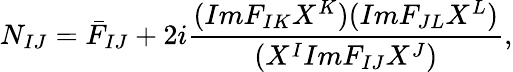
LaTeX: N_{IJ}=\bar{F}_{IJ}+2i\frac{(ImF_{IK}X^{K})(ImF_{JL}X^{L})}{(X^{I}ImF_{IJ}X^{J})},